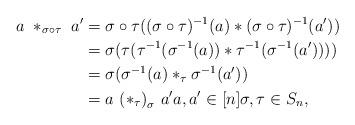
LaTeX: \begin{align*}a\ \ast_{\sigma\circ\tau} \ a' &= \sigma\circ\tau((\sigma\circ\tau)^{-1}(a)\ast(\sigma\circ\tau)^{-1}(a')) \\ &= \sigma(\tau(\tau^{-1}(\sigma^{-1}(a))\ast\tau^{-1}(\sigma^{-1}(a')))) \\ &= \sigma(\sigma^{-1}(a) \ast_\tau \sigma^{-1}(a')) \\ &= a \ {(\ast_\tau)}_\sigma \ a' a,a' \in [n] \sigma, \tau \in S_n,\end{align*}